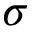
\sigma